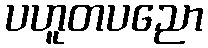
ပဟူတပညော